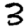
Digit: 3